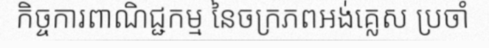
កិច្ចការពាណិជ្ជកម្ម នៃចក្រភពអង់គ្លេស ប្រចាំ